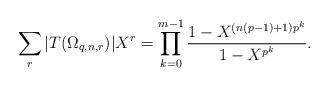
LaTeX: \begin{align*}\sum_r|T(\Omega_{q,n,r})|X^r=\prod_{k=0}^{m-1}\frac{1-X^{(n(p-1)+1)p^k}}{1-X^{p^k}}.\end{align*}